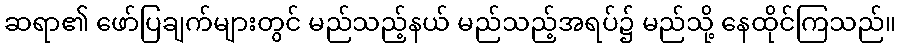
ဆရာ၏ ဖော်ပြချက်များတွင် မည်သည့်နယ် မည်သည့်အရပ်၌ မည်သို့ နေထိုင်ကြသည်။